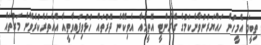
ތިބީމަ އެމީހުން ހައްޔަރުނުވާނެކަަމުގެ ގެރެންޓީ އޮތީމައާ އެވިކޭނެ ދޮރުތައް ހުޅުވިފައިވާތީއާ އެއެތެރެކުރެވޭނެ މަގުތައް